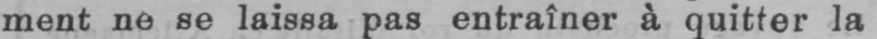
ment ne se laissa pas entraîner à quitter la